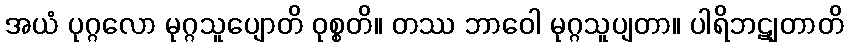
အယံ ပုဂ္ဂလော မုဂ္ဂသူပျောတိ ဝုစ္စတိ။ တဿ ဘာဝေါ မုဂ္ဂသူပျတာ။ ပါရိဘဋျတာတိ